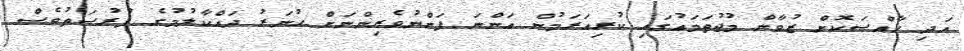
އަދި ހާއްސަކޮށް ޒުވާން މުޖުތަމައުގައި ކުރިއަރަމުން އަންނަ ފަންނުވެރިންނަށް ހުނަރު ދައްކާލުމުގެ ފުރުސަތުވެސް